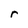
Character: r